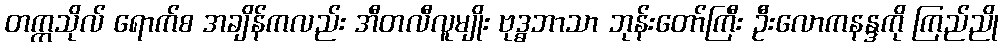
တက္ကသိုလ် ရောက်စ အချိန်ကလည်း အီတလီလူမျိုး ဗုဒ္ဓဘာသာ ဘုန်းတော်ကြီး ဦးလောကနန္ဒကို ကြည်ညို